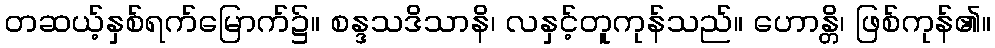
တဆယ့်နှစ်ရက်မြောက်၌။ စန္ဒသဒိသာနိ၊ လနှင့်တူကုန်သည်။ ဟောန္တိ၊ ဖြစ်ကုန်၏။